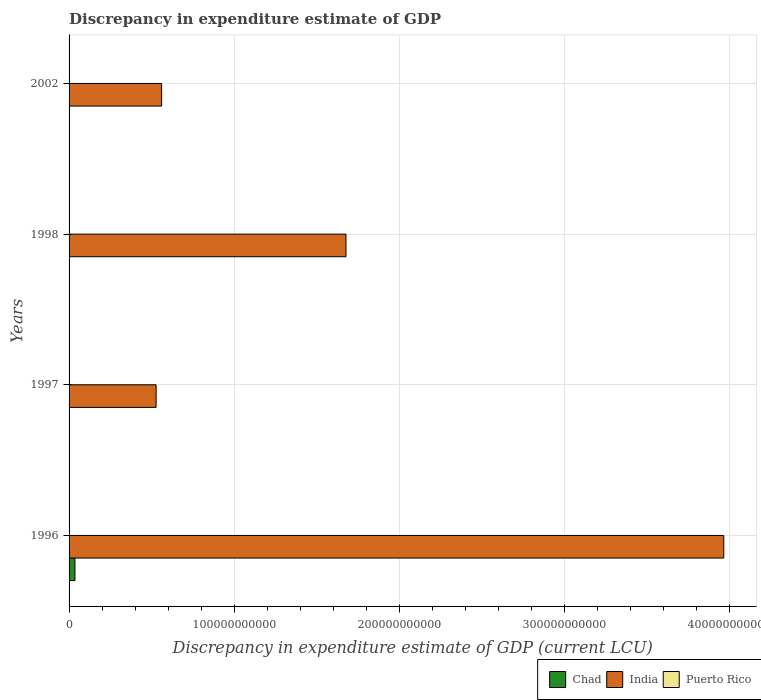
| Years | Chad | India | Puerto Rico |
 | --- | --- | --- | --- |
 | 1996 | 3.56e+09 | 3.97e+11 | 1.4e+05 |
 | 1997 | -1.71e+09 | 5.27e+10 | 6.3e+04 |
 | 1998 | -1.79e+10 | 1.68e+11 | 1.11e+05 |
 | 2002 | 100 | 5.61e+10 | -3.81e+08 |